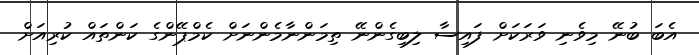
އެބަ ބުނޭ މިވެނި ވަރަކަށް ފައިސާ ލިބިގެންނޭ ތިމަންނާމެންނަށް ކެމްޕޭންގެ ކަންތައް ކުރިއަށް